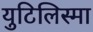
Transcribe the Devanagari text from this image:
युटिलिस्मा